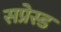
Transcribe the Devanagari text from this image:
सप्रेस्ड